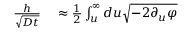
\begin{array} { r l } { \frac { h } { \sqrt { D t } } } & { { } \approx \frac { 1 } { 2 } \int _ { u } ^ { \infty } d u \sqrt { - 2 \partial _ { u } \varphi } } \end{array}